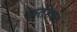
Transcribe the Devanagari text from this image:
फतेहचंद